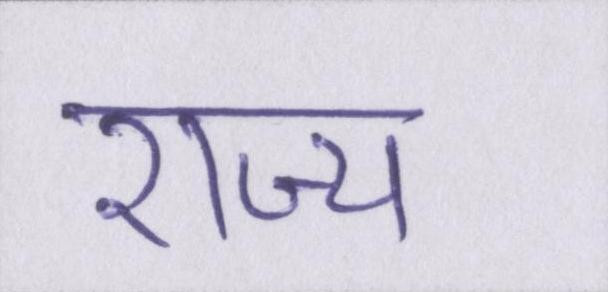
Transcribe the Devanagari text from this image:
राज्य